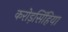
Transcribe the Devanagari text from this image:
करोड़सिंहिया